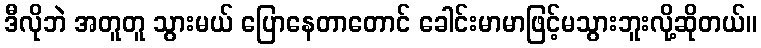
ဒီလိုဘဲ အတူတူ သွားမယ် ပြောနေတာတောင် ခေါင်းမာမာဖြင့်မသွားဘူးလို့ဆိုတယ်။